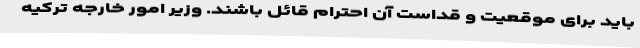
باید برای موقعیت و قداست آن احترام قائل باشند. وزیر امور خارجه ترکیه